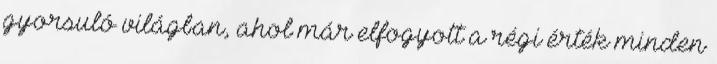
gyorsuló világban, ahol már elfogyott a régi érték minden